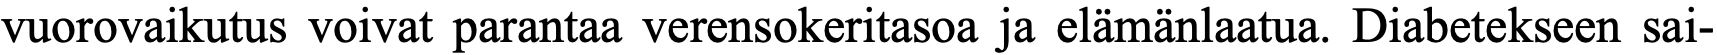
vuorovaikutus voivat parantaa verensokeritasoa ja elämänlaatua. Diabetekseen sai-